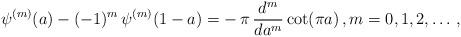
LaTeX: \begin{align*}\psi^{(m)}(a)-(-1)^m\,\psi^{(m)}(1-a)=-\,\pi\,\frac{{d}^{m}}{{d}a^{m}}\cot(\pi a)\,, m=0, 1, 2, \ldots\,, \end{align*}